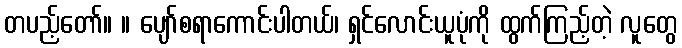
တပည့်တော်။ ။ ပျော်စရာကောင်းပါတယ်၊ ရှင်လောင်းယူပုံကို ထွက်ကြည့်တဲ့ လူတွေ